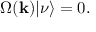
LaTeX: \Omega ( { \bf k } ) | \nu \rangle = 0 .